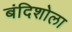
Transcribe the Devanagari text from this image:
बंदिशोला